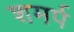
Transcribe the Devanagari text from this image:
शमर्प